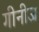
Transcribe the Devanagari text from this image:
गीनीज